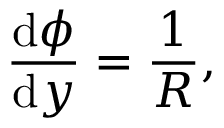
\frac { \mathrm { d } \phi } { \mathrm { d } y } = { \frac { 1 } { R } } ,